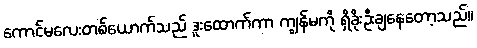
ကောင်မလေးတစ်ယောက်သည် ဒူးထောက်ကာ ကျွန်မကို ရှိခိုးဦးချနေတော့သည်။